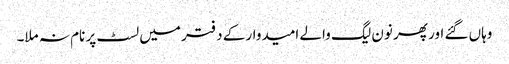
وہاں گئے اور پھر نون لیگ والے امیدوار کے دفتر میں لسٹ پر نام نہ ملا۔